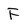
Character: F